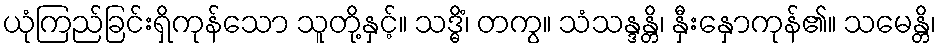
ယုံကြည်ခြင်းရှိကုန်သော သူတို့နှင့်။ သဒ္ဓိံ၊ တကွ။ သံသန္ဒန္တိ၊ နှီးနှောကုန်၏။ သမေန္တိ၊